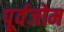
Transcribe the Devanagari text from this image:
पूर्वजोम